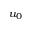
u _ { 0 }